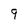
Character: 9